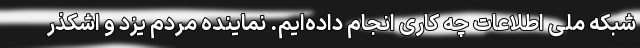
شبکه ملی اطلاعات چه کاری انجام داده‌ایم. نماینده مردم یزد و اشکذر